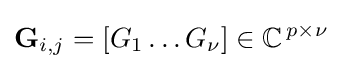
\mathbf {G} _{i,j}=[G_{1}\dots G_{\nu }]\in \mathbb {C} ^{\,p\times \nu }